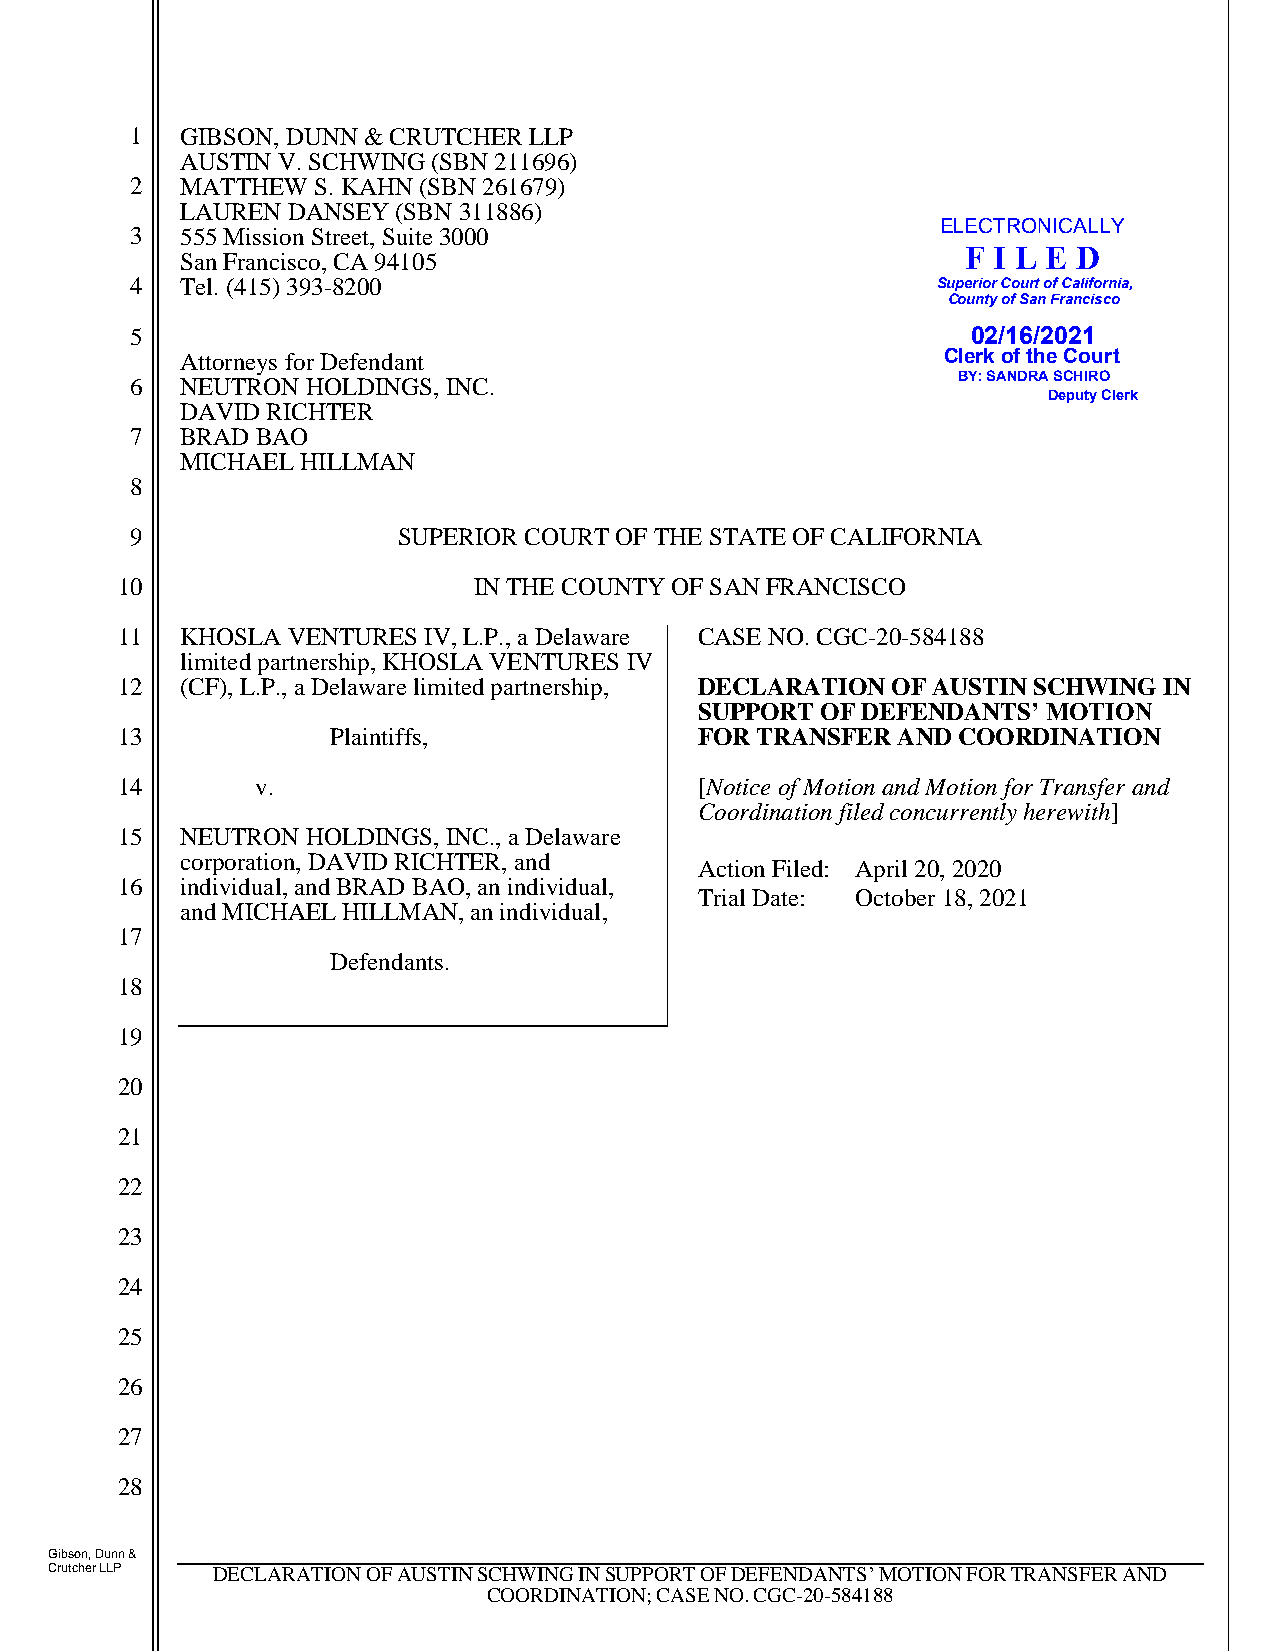
1  GIBSON, DUNN & CRUTCHER LLP
 AUSTIN V. SCHWING (SBN 211696)
 2  MATTHEW  S. KAHN (SBN 261679)
 LAUREN DANSEY (SBN 311886)
 ELECTRONICALLY
 3  555 Mission Street, Suite 3000
 F I L E D
 San Francisco, CA 94105
 4  Tel. (415) 393-8200                               Superior Court of California,
 County of San Francisco
 5                                                      02/16/2021
 Attorneys for Defendant                           Clerk of the Court
 6  NEUTRON HOLDINGS, INC.                             BY: SANDRA SCHIRO
 Deputy Clerk
 DAVID RICHTER
 7  BRAD BAO
 MICHAEL HILLMAN
 8
 9                SUPERIOR COURT OF THE STATE OF CALIFORNIA
 10                     IN THE COUNTY OF SAN FRANCISCO
 11  KHOSLA VENTURES IV, L.P., a Delaware CASE NO. CGC-20-584188
 limited partnership, KHOSLA VENTURES IV
 12  (CF), L.P., a Delaware limited partnership, DECLARATION OF AUSTIN SCHWING IN
 SUPPORT OF DEFENDANTS’ MOTION
 13            Plaintiffs,             FOR TRANSFER AND COORDINATION
 14       v.                           [Notice of Motion and Motion for Transfer and
 Coordination filed concurrently herewith]
 15  NEUTRON HOLDINGS, INC., a Delaware
 corporation, DAVID RICHTER, and
 Action Filed: April 20, 2020
 16  individual, and BRAD BAO, an individual,
 Trial Date: October 18, 2021
 and MICHAEL HILLMAN, an individual,
 17
 Defendants.
 18
 19
 20
 21
 22
 23
 24
 25
 26
 27
 28
 Gibson, Dunn &
 Crutcher LLP DECLARATION OF AUSTIN SCHWING IN SUPPORT OF DEFENDANTS’ MOTION FOR TRANSFER AND
 COORDINATION; CASE NO. CGC-20-584188